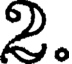
2.